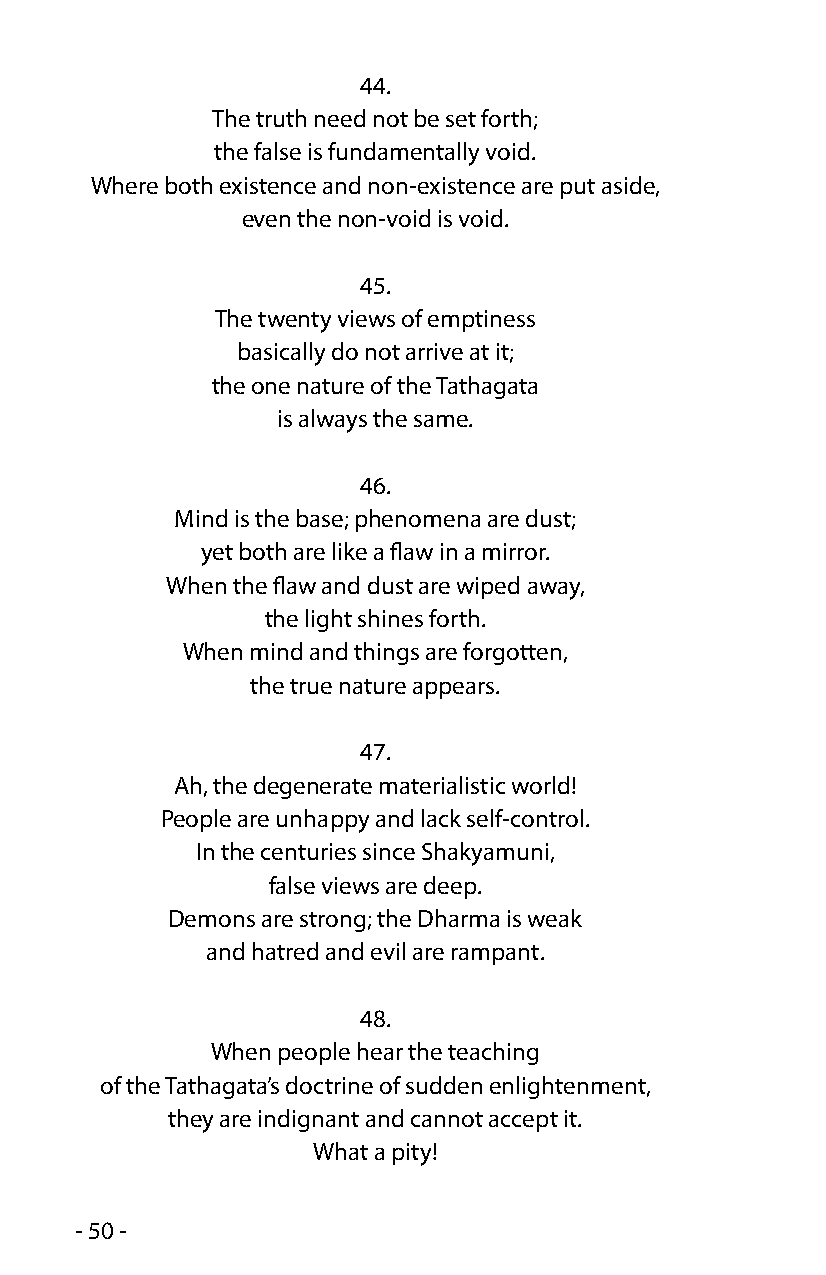
44.
 The truth need not be set forth;
 the false is fundamentally void.
 Where both existence and non-existence are put aside,
 even the non-void is void.
 45.
 The twenty views of emptiness
 basically do not arrive at it;
 the one nature of the Tathagata
 is always the same.
 46.
 Mind is the base; phenomena are dust;
 yet both are like a flaw in a mirror.
 When the flaw and dust are wiped away,
 the light shines forth.
 When mind and things are forgotten,
 the true nature appears.
 47.
 Ah, the degenerate materialistic world!
 People are unhappy and lack self-control.
 In the centuries since Shakyamuni,
 false views are deep.
 Demons are strong; the Dharma is weak
 and hatred and evil are rampant.
 48.
 When people hear the teaching
 of the Tathagata’s doctrine of sudden enlightenment,
 they are indignant and cannot accept it.
 What a pity!
 - 50 -